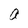
Character: a